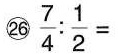
㉖$$\frac { 7 } { 4 } : \frac { 1 } { 2 } =$$